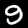
Label: 9